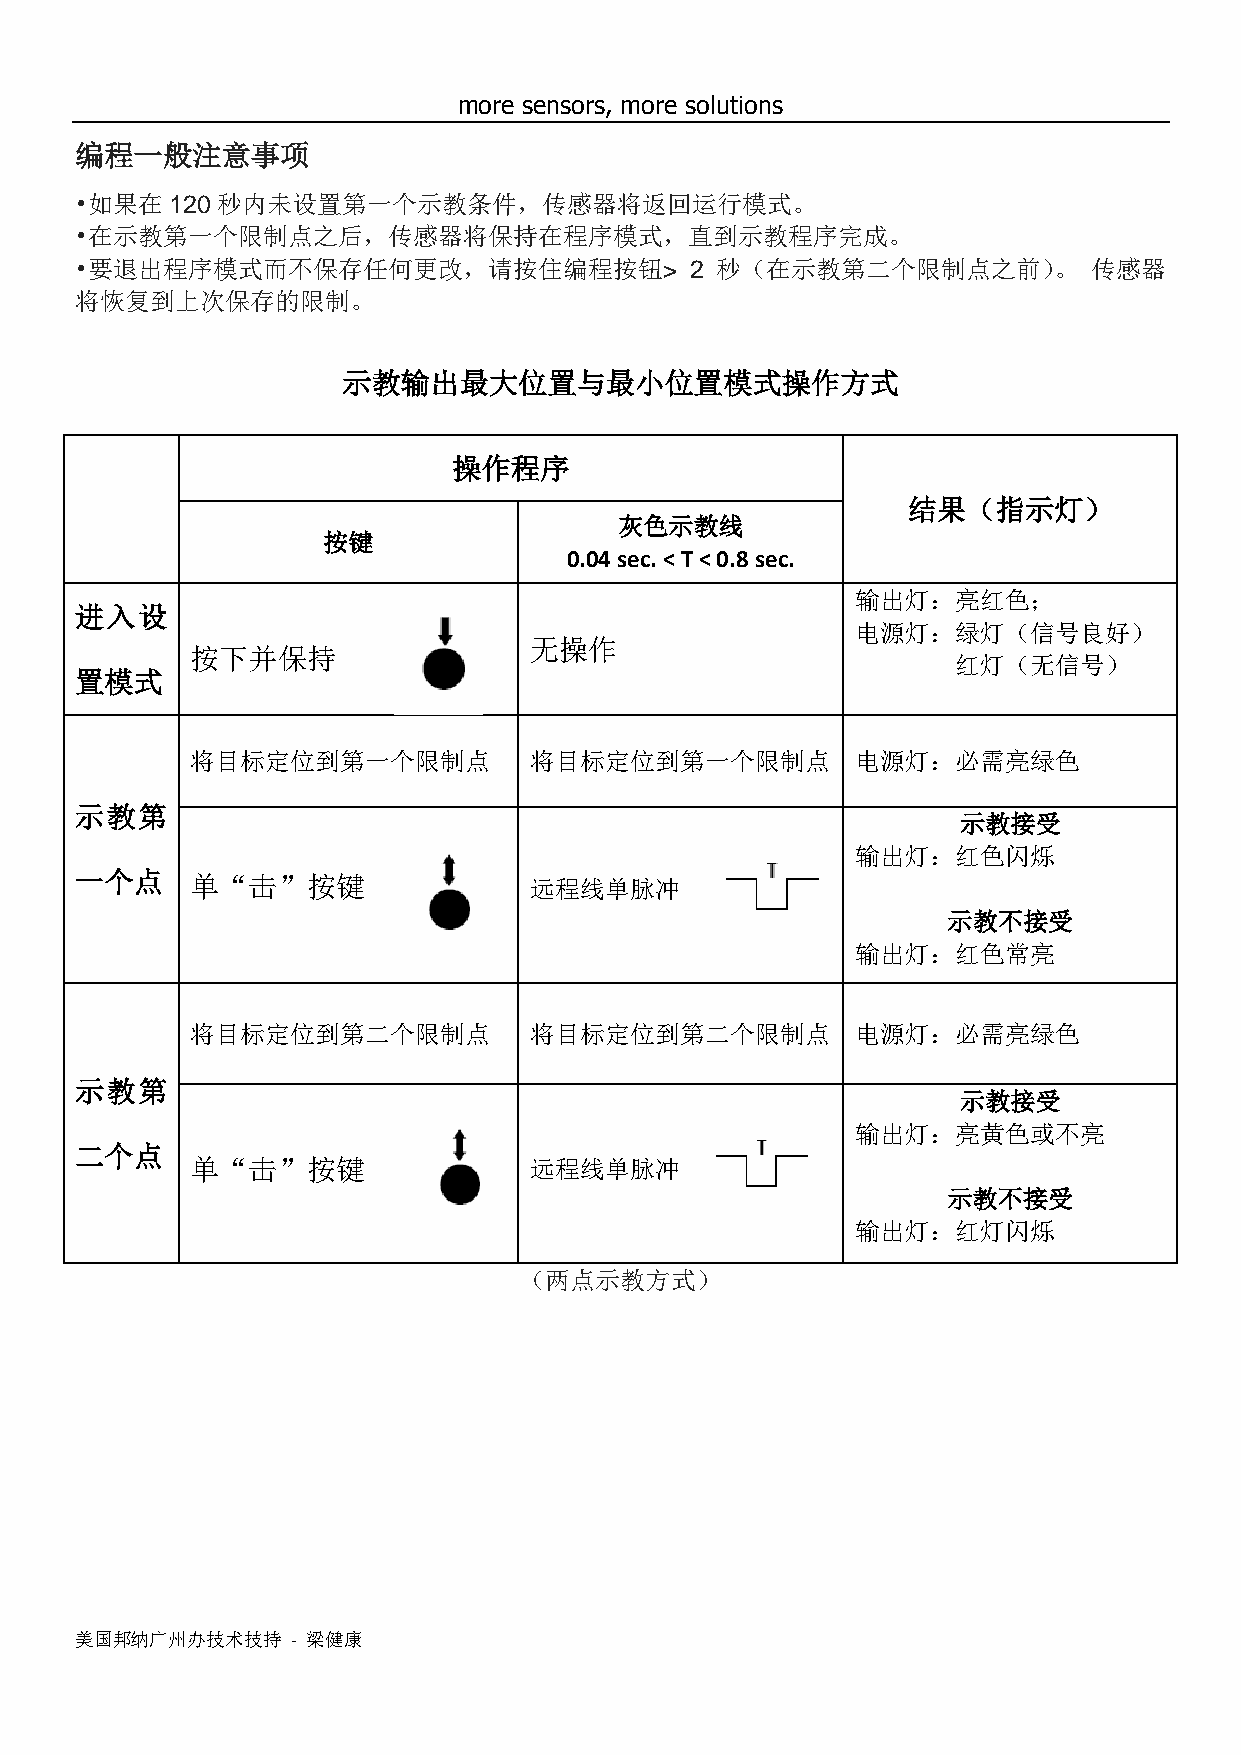
more sensors, more solutions
 编程一般注意事项
 •如果在  120 秒内未设置第一个示教条件，传感器将返回运行模式。
 •在示教第一个限制点之后，传感器将保持在程序模式，直到示教程序完成。
 •要退出程序模式而不保存任何更改，请按住编程按钮>                2 秒（在示教第二个限制点之前）。         传感器
 将恢复到上次保存的限制。
 示教输出最大位置与最小位置模式操作方式
 操作程序
 结果（指示灯）
 灰色示教线
 按键
 0.04 sec. < T < 0.8 sec.
 输出灯：亮红色；
 进入设
 电源灯：绿灯（信号良好）
 无操作
 按下并保持
 红灯（无信号）
 置模式
 将目标定位到第一个限制点          将目标定位到第一个限制点          电源灯：必需亮绿色
 示教第
 示教接受
 输出灯：红色闪烁
 一个点     单“击”按键                远程线单脉冲
 示教不接受
 输出灯：红色常亮
 将目标定位到第二个限制点          将目标定位到第二个限制点          电源灯：必需亮绿色
 示教第
 示教接受
 输出灯：亮黄色或不亮
 二个点
 单“击”按键                远程线单脉冲
 示教不接受
 输出灯：红灯闪烁
 （两点示教方式）
 美国邦纳广州办技术技持   - 梁健康